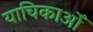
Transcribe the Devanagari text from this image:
याचिकाओँ